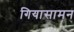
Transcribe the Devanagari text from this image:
गियासामन